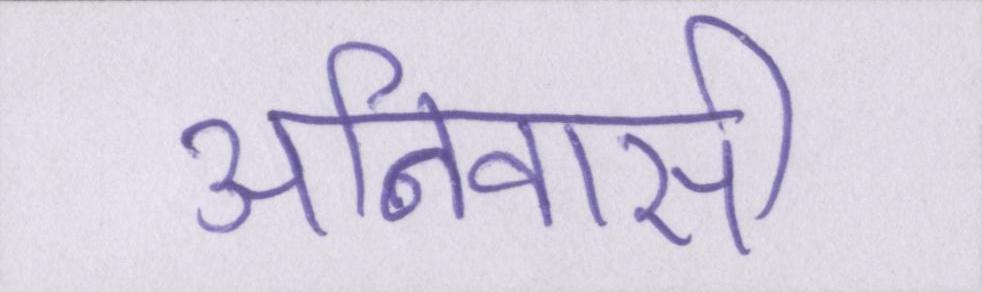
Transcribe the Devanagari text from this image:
अनिवासी